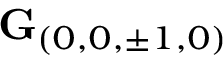
\mathbf { G } _ { ( 0 , 0 , \pm 1 , 0 ) }